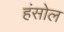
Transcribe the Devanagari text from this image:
हंसोल